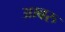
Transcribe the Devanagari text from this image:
आबरु